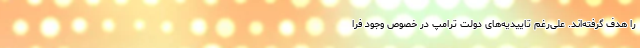
را هدف گرفته‌اند. علی‌رغم تاییدیه‌های دولت ترامپ در خصوص وجود فرا